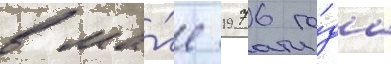
в ма́е 1976 го́да